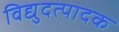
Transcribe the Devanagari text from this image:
विद्युदत्पादक